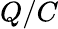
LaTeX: Q/C